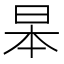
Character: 𮲞